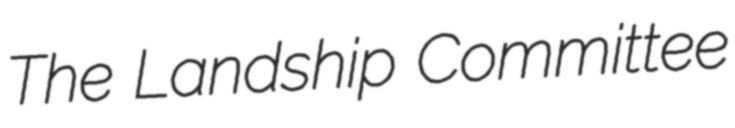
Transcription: The Landship Committee